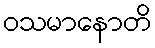
ဝသမာနောတိ